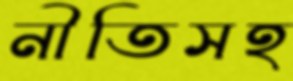
নীতিসহ